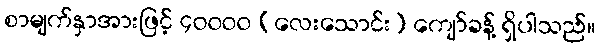
စာမျက်နှာအားဖြင့် ၄၀၀၀၀ (လေးသောင်း) ကျော်ခန့် ရှိပါသည်။